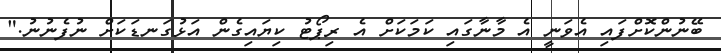
ބޭނުންކޮށްފައި އެވަނީ އެ މާނާގައި ކަމަކަށް އެ ރިޕޯޓު ކިޔައިގެން އަޅުގަނޑަކަށް ނުފެނުނު."